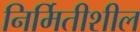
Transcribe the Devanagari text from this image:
निर्मितीशील